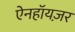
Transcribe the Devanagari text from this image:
ऐनहॉयज़र